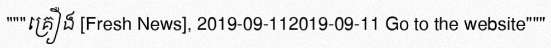
"""គ្រឿង [Fresh News], 2019-09-112019-09-11 Go to the website"""